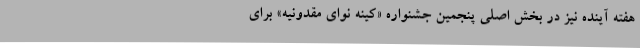
هفته‌ آینده نیز در بخش اصلی پنجمین جشنواره «کینه نوای مقدونیه» برای